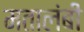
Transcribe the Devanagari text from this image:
मतालंबी